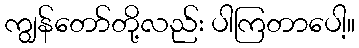
ကျွန်တော်တို့လည်း ပါကြတာပေါ့။